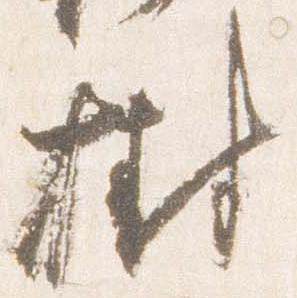
樹